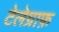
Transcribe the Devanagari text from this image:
टेलेग्राफ़